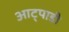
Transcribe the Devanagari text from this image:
आट्पाडी